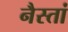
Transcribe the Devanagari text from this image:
नैस्तां